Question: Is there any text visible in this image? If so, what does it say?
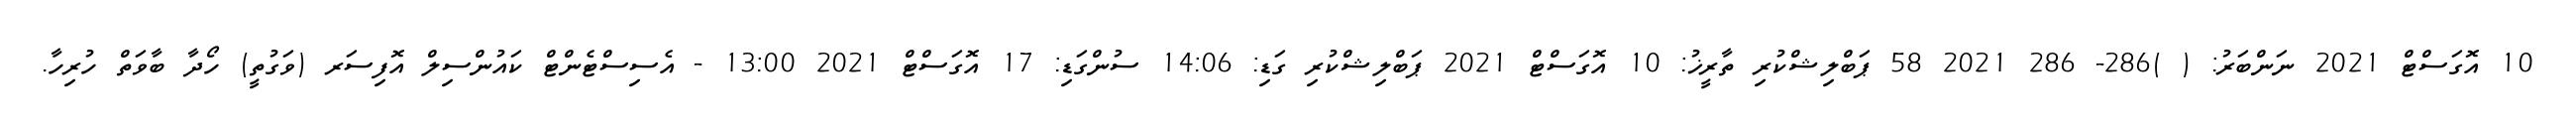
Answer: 10 އޮގަސްޓް 2021 ނަންބަރު: ( )286- 286 2021 58 ޕަބްލިޝްކުރި ތާރީޚު: 10 އޮގަސްޓް 2021 ޕަބްލިޝްކުރި ގަޑި: 14:06 ސުންގަޑި: 17 އޮގަސްޓް 2021 13:00 - އެސިސްޓެންޓް ކައުންސިލް އޮފިސަރ (ވަގުތީ) ހޯދާ ބާވަތް ހުރިހާ.